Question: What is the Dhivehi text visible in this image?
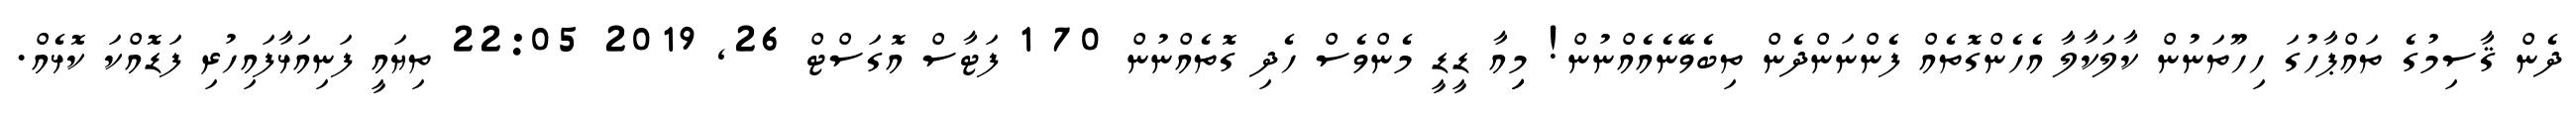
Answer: ދެން ޤާސިމުގެ ތައްޕާހުގަ ހިހޫތަނުން ކާލަކާލާ އެހެންގޮތެއް ފެންނަންދެން ތިބެވޭނެއެއްނުން! މިިިއާ ޑީޑީ މެންވެސް ހެދި ގޮތެއްނުން 70 1 ފަޓާސް އޮގަސްޓް 26, 2019 22:05 ތިޔައީ ފަނިއަޅާފައިހުރި ފަޑޮއްކަ ކޮޅެއް.